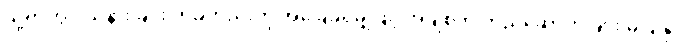
သို့ရာတွင် သနားခြင်း တခုတည်းကို အခြေခံရုံမျှဖြင့် အချစ်ကို တည်ဆောက်ခြင်း မပြုနိုင်။